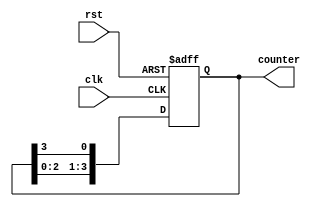
module asynchronous_ring_counter (
    input wire clk,         // Clock input
    input wire rst,         // Asynchronous reset input
    output reg [3:0] counter // 4-bit ring counter output
);

    // Initial state
    initial begin
        counter = 4'b0001;  // Initialize the counter to 0001
    end

    // Asynchronous reset and state transition
    always @(posedge clk or posedge rst) begin
        if (rst) begin
            // On reset, initialize to 0001
            counter <= 4'b0001;
        end else begin
            // Shift the current state to the left and wrap around
            counter <= {counter[2:0], counter[3]};
        end
    end

endmodule